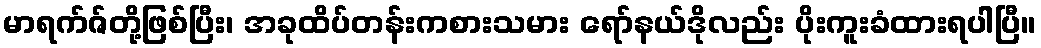
မာရက်ဇ်တို့ဖြစ်ပြီး၊ အခုထိပ်တန်းကစားသမား ရော်နယ်ဒိုလည်း ပိုးကူးခံထားရပါပြီ။